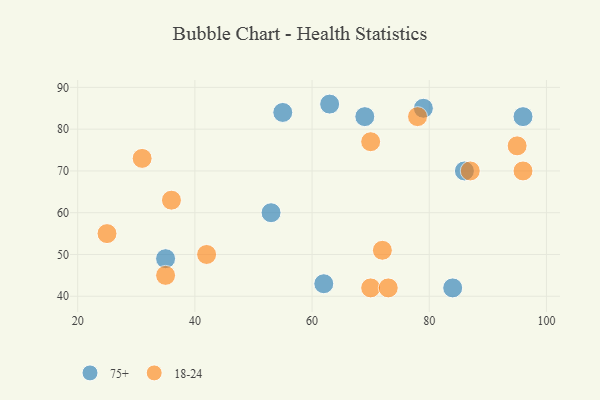
{"axis": {"x": "GDP", "y": "Life Expectancy"}, "legend": ["18-24", "75+"], "data": [{"x": "35", "y": 49, "type": "75+"}, {"x": "96", "y": 83, "type": "75+"}, {"x": "53", "y": 60, "type": "75+"}, {"x": "69", "y": 83, "type": "75+"}, {"x": "62", "y": 43, "type": "75+"}, {"x": "63", "y": 86, "type": "75+"}, {"x": "86", "y": 70, "type": "75+"}, {"x": "79", "y": 85, "type": "75+"}, {"x": "55", "y": 84, "type": "75+"}, {"x": "84", "y": 42, "type": "75+"}, {"x": "95", "y": 76, "type": "18-24"}, {"x": "78", "y": 83, "type": "18-24"}, {"x": "72", "y": 51, "type": "18-24"}, {"x": "35", "y": 45, "type": "18-24"}, {"x": "96", "y": 70, "type": "18-24"}, {"x": "36", "y": 63, "type": "18-24"}, {"x": "42", "y": 50, "type": "18-24"}, {"x": "70", "y": 77, "type": "18-24"}, {"x": "25", "y": 55, "type": "18-24"}, {"x": "31", "y": 73, "type": "18-24"}, {"x": "70", "y": 42, "type": "18-24"}, {"x": "87", "y": 70, "type": "18-24"}, {"x": "73", "y": 42, "type": "18-24"}]}